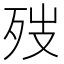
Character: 𪵁